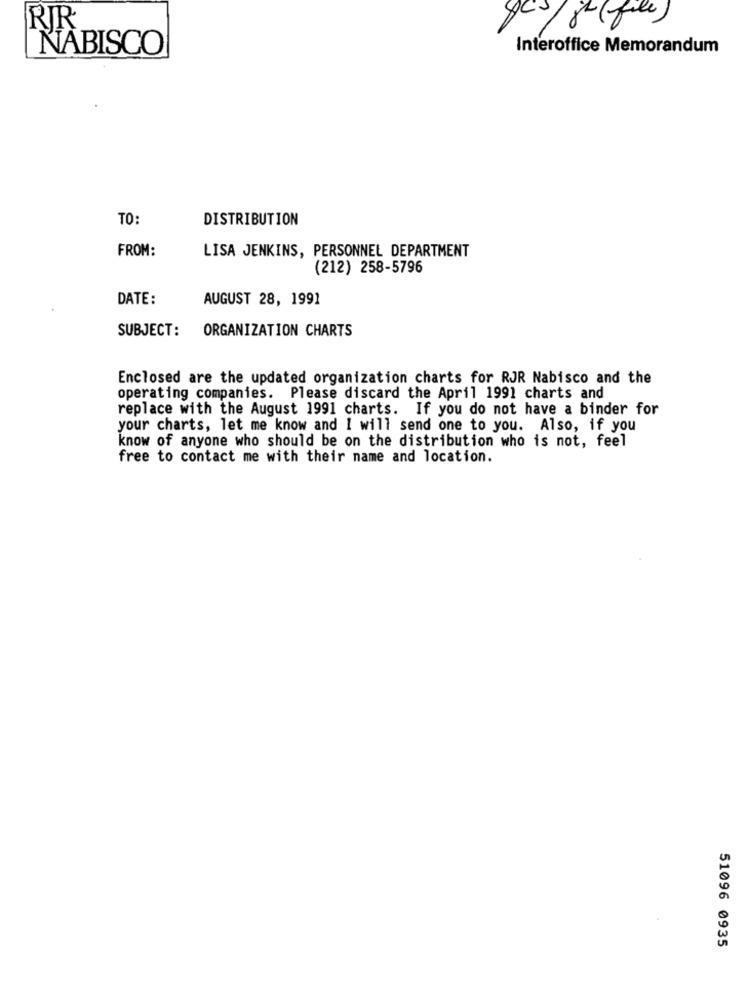
RJR
NABISCO
Interoffice Memorandum
TO:
DISTRIBUTION
FROM:
LISA JENKINS, PERSONNEL DEPARTMENT
(212) 258-5796
DATE:
AUGUST 28, 1991
SUBJECT:
ORGANIZATION CHARTS
Enclosed are the updated organization charts for RJR Nabisco and the
operating companies. Please discard the April 1991 charts and
replace with the August 1991 charts. If you do not have a binder for
your charts, let me know and I will send one to you. Also, if you
know of anyone who should be on the distribution who is not, feel
free to contact me with their name and location.
51096 0935